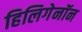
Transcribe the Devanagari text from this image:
हिलिगेनॉन